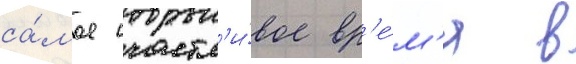
са́мое счастл'и́вое вр'е́м'я в